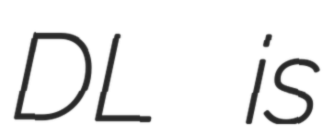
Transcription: DL is